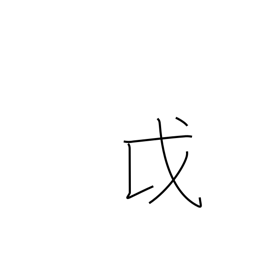
Meaning: Ainu